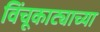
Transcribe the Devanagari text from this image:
विंचूकाट्याच्या